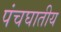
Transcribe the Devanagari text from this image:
पंचघातीय